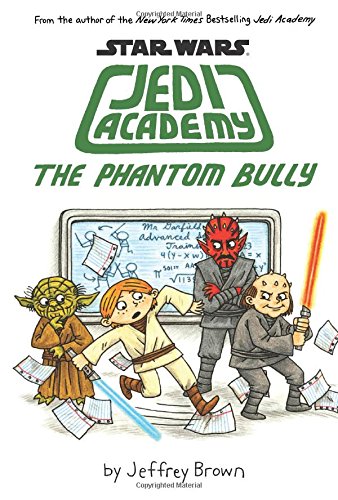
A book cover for The Phantom Bully (Star Wars: Jedi Academy #3); Jeffrey Brown; Comics & Graphic Novels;